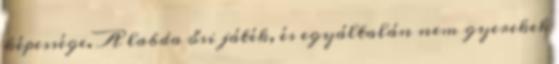
képessége. A labda ősi játék, és egyáltalán nem gyerekek